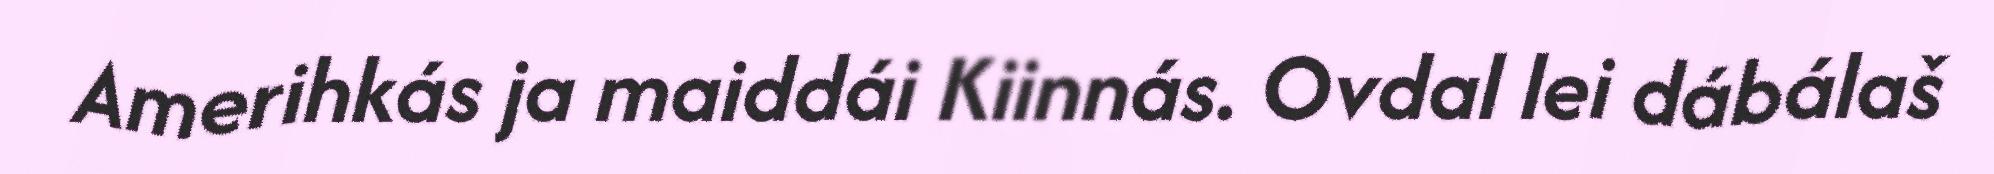
Amerihkás ja maiddái Kiinnás. Ovdal lei dábálaš